Indian journal of veterinary science and animal husbandry - Volume 12,
Year: 1942
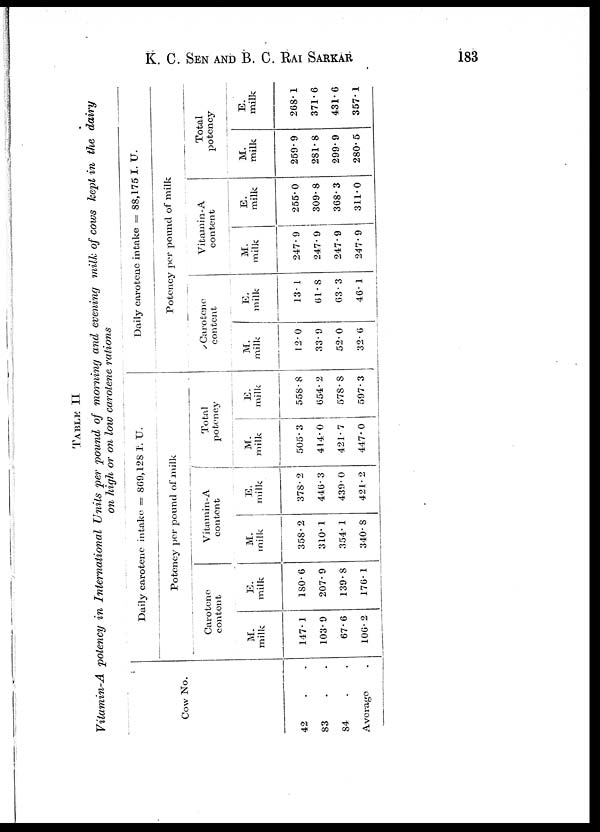
K. C. SEN AND B. C. RAI SARKAR 183
TABLE II
Vitamin-A potency in International Units per pound of morning and evening milk of cows kept in the dairy
on high or on low carotene rations
Cow No.
42 . .
83 . .
84 . .
Average .
Daily carotene intake = 869,128 I. U.
Potency per pound of milk
Carotene
content
M.
milk
147. 1
103.9
67.6
106.2
E.
milk
180.6
207.9
139.8
176. 1
Vitamin-A
content
M.
milk
358.2
310. 1
354. 1
340. 8
E.
milk
378.2
446. 3
439.0
421.2
Total
potency
M.
milk
505.3
414.0
421.7
447.0
E.
milk
558.8
654. 2
578.8
597.3
Daily carotene intake = 88,175 I. U.
Potency per pound of milk
Carotene
content
M.
milk
12.0
33.9
52.0
32. 6
E.
milk
13. 1
61.8
63. 3
46. 1
Vitamin-A
content
M.
milk
247.9
247.9
247.9
247.9
E.
milk
255.0
309.8
368.3
311.0
Total
potency
M.
milk
259.9
281.8
299.9
280.5
E.
milk
268.1
371.6
431.6
357.1